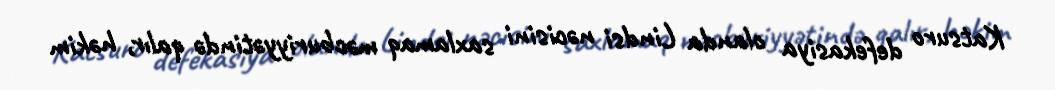
Katsuro defekasiya olanda Lindsi nəcisini saxlamaq məcburiyyətində qalır, həkim